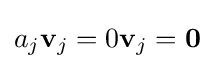
a_{j}\mathbf {v} _{j}=0\mathbf {v} _{j}=\mathbf {0}